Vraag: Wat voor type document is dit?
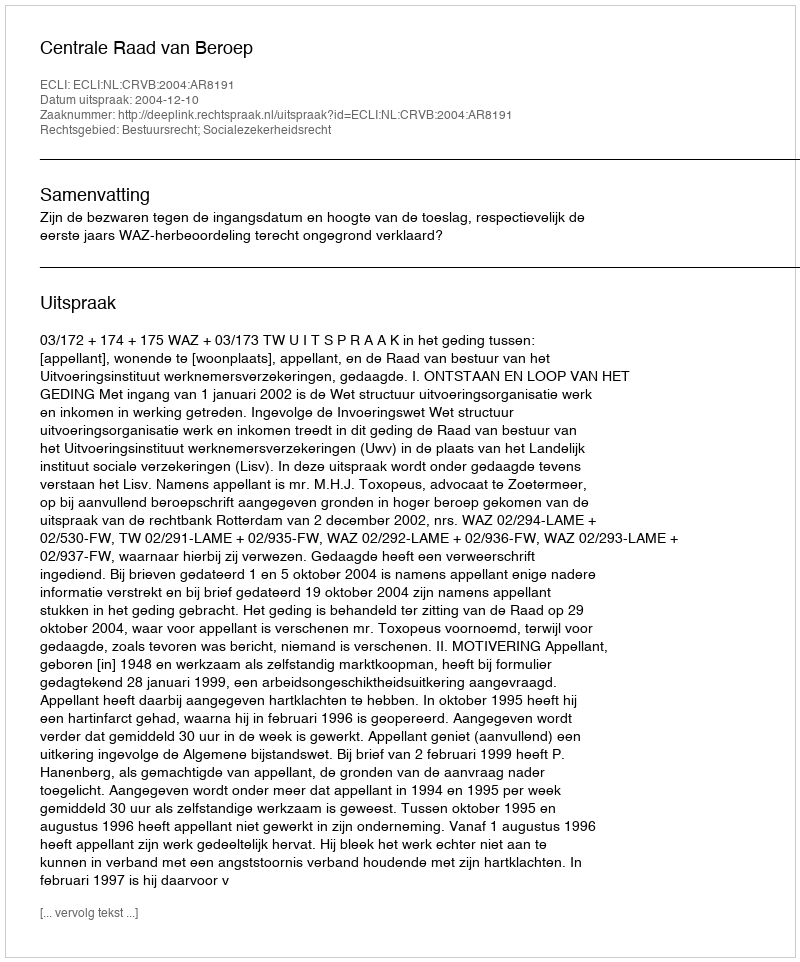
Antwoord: Uitspraak